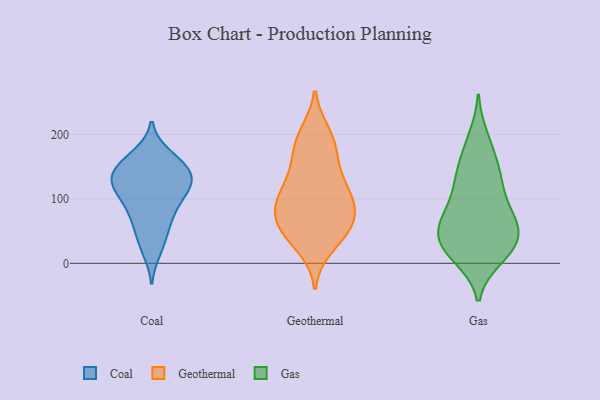
{"axis": {"x": "Churn Rate (%)", "y": "Value"}, "legend": ["Coal", "Gas", "Geothermal"], "data": [{"x": "", "y": 54, "type": "Coal"}, {"x": "", "y": 72, "type": "Coal"}, {"x": "", "y": 159, "type": "Coal"}, {"x": "", "y": 67, "type": "Coal"}, {"x": "", "y": 92, "type": "Coal"}, {"x": "", "y": 20, "type": "Coal"}, {"x": "", "y": 97, "type": "Coal"}, {"x": "", "y": 145, "type": "Coal"}, {"x": "", "y": 108, "type": "Coal"}, {"x": "", "y": 118, "type": "Coal"}, {"x": "", "y": 131, "type": "Coal"}, {"x": "", "y": 144, "type": "Coal"}, {"x": "", "y": 31, "type": "Coal"}, {"x": "", "y": 115, "type": "Coal"}, {"x": "", "y": 168, "type": "Coal"}, {"x": "", "y": 129, "type": "Coal"}, {"x": "", "y": 162, "type": "Coal"}, {"x": "", "y": 137, "type": "Coal"}, {"x": "", "y": 131, "type": "Coal"}, {"x": "", "y": 48, "type": "Geothermal"}, {"x": "", "y": 185, "type": "Geothermal"}, {"x": "", "y": 72, "type": "Geothermal"}, {"x": "", "y": 63, "type": "Geothermal"}, {"x": "", "y": 93, "type": "Geothermal"}, {"x": "", "y": 94, "type": "Geothermal"}, {"x": "", "y": 48, "type": "Geothermal"}, {"x": "", "y": 56, "type": "Geothermal"}, {"x": "", "y": 122, "type": "Geothermal"}, {"x": "", "y": 200, "type": "Geothermal"}, {"x": "", "y": 189, "type": "Geothermal"}, {"x": "", "y": 157, "type": "Geothermal"}, {"x": "", "y": 137, "type": "Geothermal"}, {"x": "", "y": 27, "type": "Geothermal"}, {"x": "", "y": 97, "type": "Geothermal"}, {"x": "", "y": 103, "type": "Geothermal"}, {"x": "", "y": 56, "type": "Gas"}, {"x": "", "y": 75, "type": "Gas"}, {"x": "", "y": 27, "type": "Gas"}, {"x": "", "y": 38, "type": "Gas"}, {"x": "", "y": 125, "type": "Gas"}, {"x": "", "y": 79, "type": "Gas"}, {"x": "", "y": 15, "type": "Gas"}, {"x": "", "y": 79, "type": "Gas"}, {"x": "", "y": 10, "type": "Gas"}, {"x": "", "y": 136, "type": "Gas"}, {"x": "", "y": 176, "type": "Gas"}, {"x": "", "y": 194, "type": "Gas"}, {"x": "", "y": 146, "type": "Gas"}, {"x": "", "y": 50, "type": "Gas"}, {"x": "", "y": 62, "type": "Gas"}, {"x": "", "y": 30, "type": "Gas"}, {"x": "", "y": 21, "type": "Gas"}, {"x": "", "y": 121, "type": "Gas"}]}